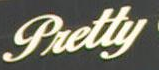
Pretty